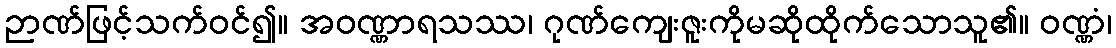
ဉာဏ်ဖြင့်သက်ဝင်၍။ အဝဏ္ဏာရသဿ၊ ဂုဏ်ကျေးဇူးကိုမဆိုထိုက်သောသူ၏။ ဝဏ္ဏံ၊